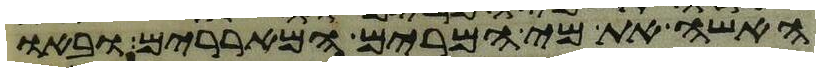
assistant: האשה את מי המרים המאררים ובאו